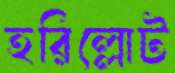
হরিল্লোট